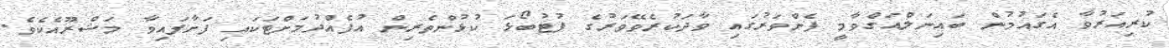
ކުރިއަރުވާ އެގައުމުން ބައިނަލްއަގްވާމީ ފެންވަރުގައި ވާދަކުރެވޭވަރުގެ ފުޓުބޯޅަ ކުޅުންތެރިން އުފެއްދުމަށްޓަކައި ފަށާފައިވާ މަޝްރޫއެކެވެ.